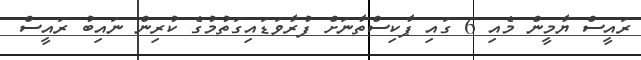
ރައީސް ޔާމީން މެއި 6 ގައި ޕާކިސްތާނަށް ފުރާވަޑައިގަތުމުގެ ކުރިން ނައިބު ރައީސް